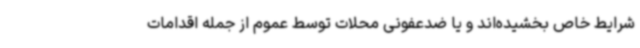
شرایط خاص بخشیده‌اند و یا ضدعفونی محلات توسط عموم از جمله اقدامات